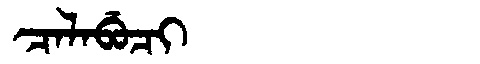
Manchu: ᠴᠠᠯᠠᠪᡠᠴᡳ
Romanization: CALABUCI